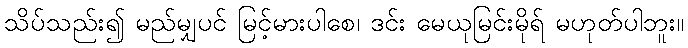
သိပ်သည်း၍ မည်မျှပင် မြင့်မားပါစေ၊ ဒင်း မေယုမြင်းမိုရ် မဟုတ်ပါဘူး။